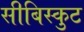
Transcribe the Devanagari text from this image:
सीबिस्कुट